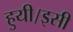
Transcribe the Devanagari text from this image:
हुयी।इसी